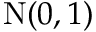
{ \mathrm { N } } ( 0 , 1 )